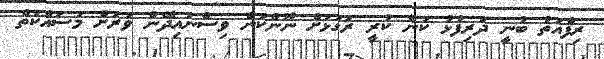
ރިފްއަތު ބުނީ ދަރިފުޅު ކަން ކުރީ ރަގަޅަށް ނޫންކަން ވިސްނައިދޭން ވަރަށް މަސައްކަތް